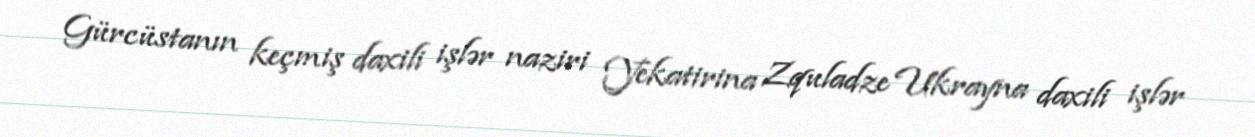
Gürcüstanın keçmiş daxili işlər naziri Yekatirina Zquladze Ukrayna daxili işlər